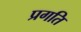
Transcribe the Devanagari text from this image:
प्रगति